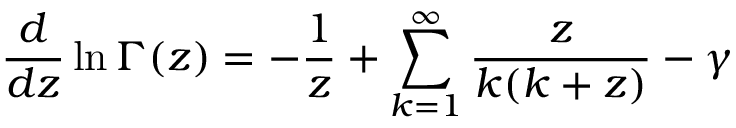
\frac { d } { d z } \ln \Gamma ( z ) = - \frac { 1 } { z } + \sum _ { k = 1 } ^ { \infty } \frac { z } { k ( k + z ) } - \gamma